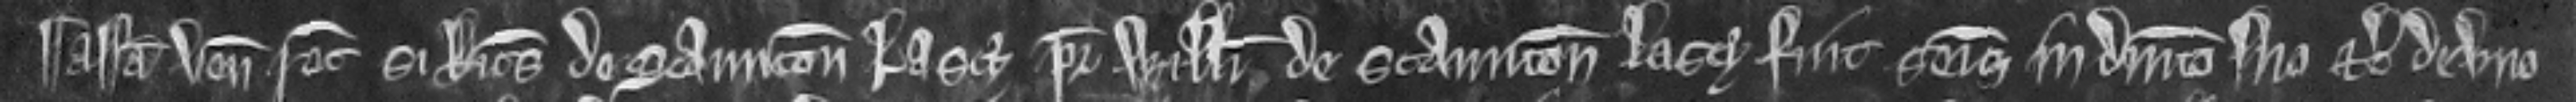
¶ Ass. ven. rec. si Ricardus de Staunton Lascy pater Willelmi de Staunton Lascy fuit seisitus in dominico suo etc. de uno